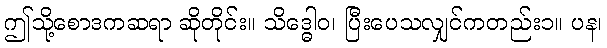
ဤသို့စောဒကဆရာ ဆိုတိုင်း။ သိဒ္ဓေါဝ၊ ပြီးပေသလျှင်ကတည်း၁။ ပန၊